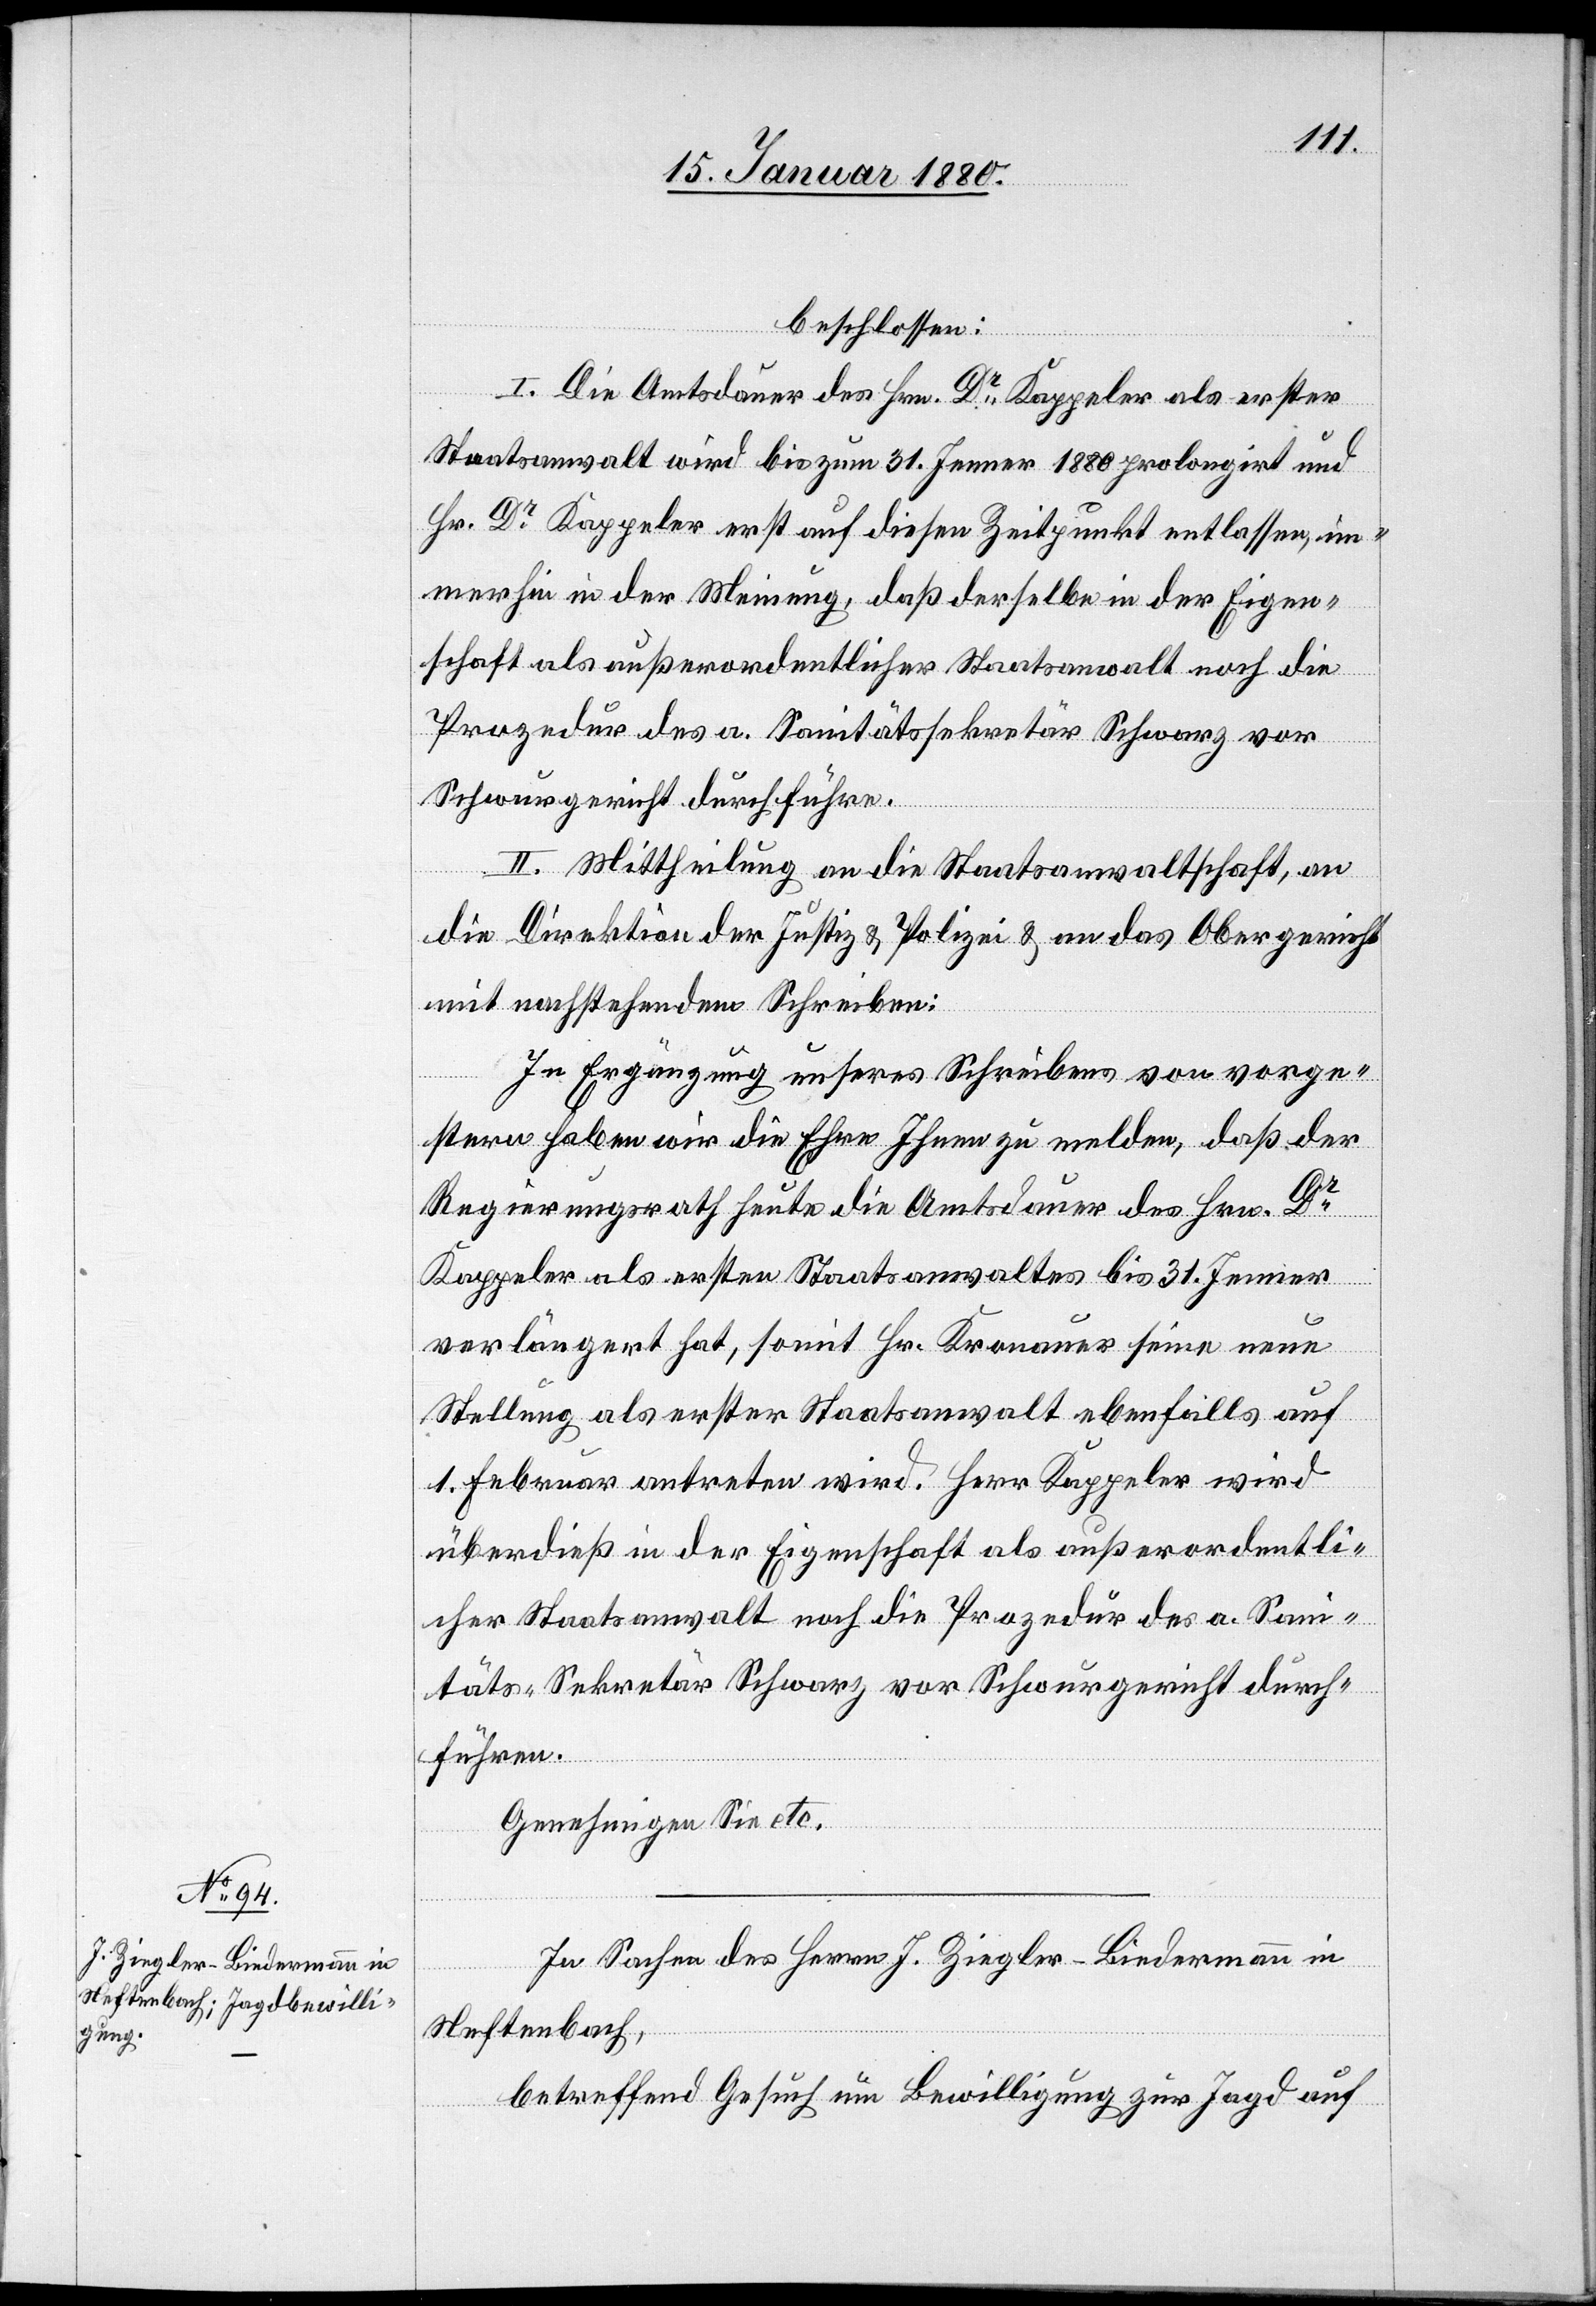
beschlossen:
I. Die Amtsdauer des Hrn. Dr Kappeler als erster
Staatsanwalt wird bis zum 31. Jenner 1880 prolongirt und
Hrn. Dr Kappeler erst auf diesen Zeitpunkt entlassen, im¬
merhin in der Meinung, daß derselbe in der Eigen¬
schaft als außerordentlicher Staatsanwalt noch die
Prozedur des a. Sanitätssekretär Schwarz vor
Schwurgericht durchführe.
II. Mittheilung an die Staatsanwaltschaft, an
die Direktion der Justiz & Polizei & an das Obergericht
mit nachstehendem Schreiben:
In Ergänzung unseres Schreibens von vorge¬
stern haben wir die Ehre Ihnen zu melden, daß der
Regierungsrath heute die Amtsdauer des Hrn. Dr
Kappeler als ersten Staatsanwaltes bis 31. Jenner
verlängert hat, somit Hr. Kronauer seine neue
Stellung als erster Staatsanwalt ebenfalls auf
1. Februar antreten wird. Herr Kappeler wird
überdieß in der Eigenschaft als außerordentli¬
cher Staatsanwalt noch die Prozedur des a. San¬
itäts-Sekretär Schwarz vor Schwurgericht durch¬
führen.
Genehmigen Sie etc.
In Sachen des Herrn J. Ziegler Biedermann in
Neftenbach,
betreffend Gesuch um Bewilligung zur Jagd auf